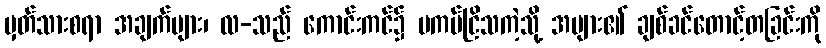
မှတ်သားစရာ အချက်များ၊ လ-သည် ကောင်းကင်၌ မကပ်ငြိသကဲ့သို့ အများ၏ ချစ်ခင်တောင့်တခြင်းကို